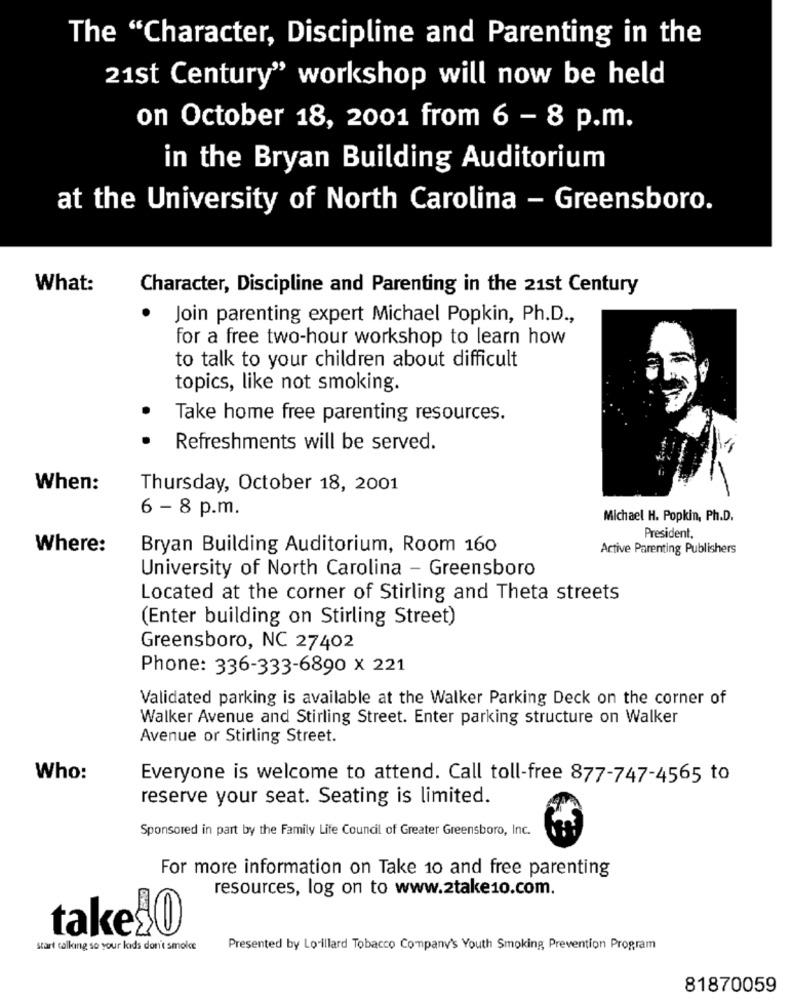
The "Character, Discipline and Parenting in the
21st Century" workshop will now be held
on October 18, 2001 from 6 - 8 p.m.
in the Bryan Building Auditorium
at the University of North Carolina - Greensboro.
What:
Character, Discipline and Parenting in the 21st Century
.
Join parenting expert Michael Popkin, Ph.D .,
for a free two-hour workshop to learn how
to talk to your children about difficult
topics, like not smoking.
Take home free parenting resources.
Refreshments will be served.
When:
Thursday, October 18, 2001
6 - 8 p.m.
Michael H. Popkin, Ph.D.
President.
Where:
Bryan Building Auditorium, Room 160
Active Parenting Publishers
University of North Carolina - Greensboro
Located at the corner of Stirling and Theta streets
(Enter building on Stirling Street)
Greensboro, NC 27402
Phone: 336-333-6890 x 221
Validated parking is available at the Walker Parking Deck on the corner of
Walker Avenue and Stirling Street. Enter parking structure on Walker
Avenue or Stirling Street.
Who:
Everyone is welcome to attend. Call toll-free 877-747-4565 to
reserve your seat. Seating is limited.
Sponsored in part by the Family Life Council of Greater Greensboro, Inc.
For more information on Take 10 and free parenting
resources, log on to www.2take1o.com.
takel0
start calling so your kids don't smolce
Presented by Lorillard Tobacco Company's Youth Smoking Prevention Program
81870059